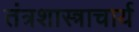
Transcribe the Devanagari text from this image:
तंत्रशास्त्राचार्य